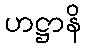
ဟဋ္ဌာနိ